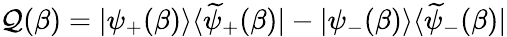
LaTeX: {\cal Q}(\beta)=|\psi_{+}(\beta)\rangle\langle\widetilde{\psi}_{+}(\beta)|-|\psi_{-}(\beta)\rangle\langle\widetilde{\psi}_{-}(\beta)|